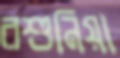
রশুনিয়া